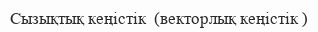
Сызықтық кеңістік  (векторлық кеңістік )